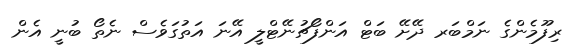
ރިފޫމެންގެ ނަމްބަރ ދޭށޭ ބަޓް އަންފޯޗުނޭޓްލީ އޭނަ އަތުގަވެސް ނެތޯ ބުނީ އެން